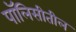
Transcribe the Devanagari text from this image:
पॉलिसीतील